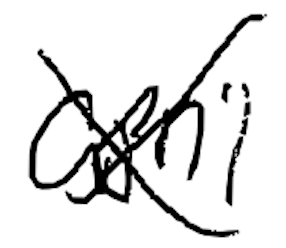
Text: April
Cross-out: cross
Writing tool: digital_black